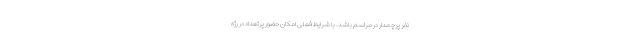
نفر پرچمدار در مراسم باشد. با شرایط فعلی امکان حضور پرتعداد در رژه